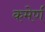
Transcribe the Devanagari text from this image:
कमेर्ण